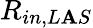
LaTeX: R_{in,L\mathbf{A}S}